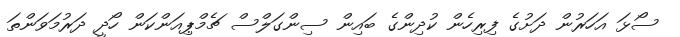
ސޯޅަ އަހަރުން ދަށުގެ ފިރިހެން ކުދިންގެ ބައިން ސިންގަަލްސް ޗެމްޕިއަންކަން ހޯދީ ދަރުމަވަންތަ